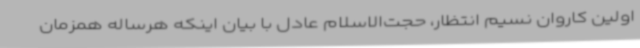
اولین کاروان نسیم انتظار، حجت‌الاسلام عادل با بیان اینکه هرساله همزمان